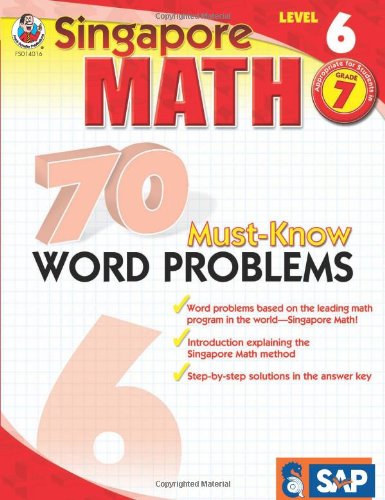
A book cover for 70 Must-Know Word Problems, Grade 7 (Singapore Math); Teen & Young Adult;